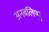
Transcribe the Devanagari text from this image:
अनबलिप्पु